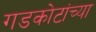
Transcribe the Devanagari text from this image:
गडकोटांच्या